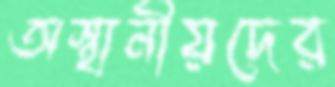
অস্থানীয়দের